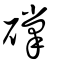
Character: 礃